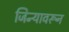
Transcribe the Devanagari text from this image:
जिन्यावरून